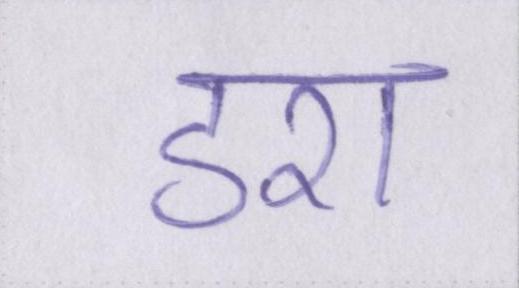
डरा